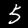
Digit: 5